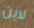
لابن